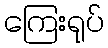
ကြေးရုပ်